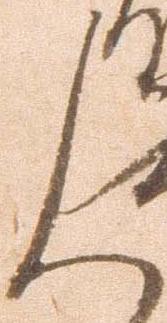
人